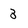
Character: 3